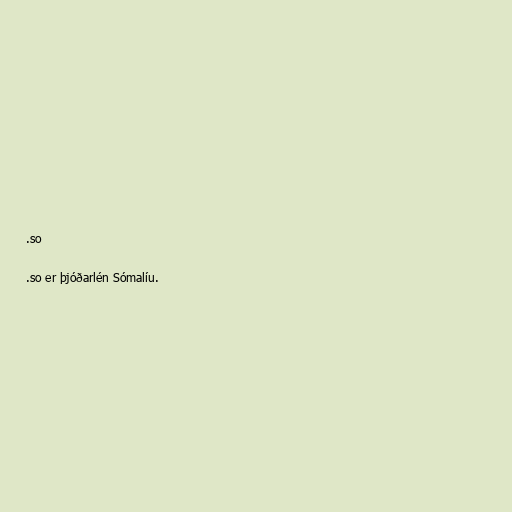
.so

.so er þjóðarlén Sómalíu.